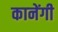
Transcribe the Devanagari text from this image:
कानेंगी